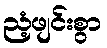
ညံ့ဖျင်းစွာ